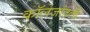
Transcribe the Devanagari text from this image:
कॉलेजांतली